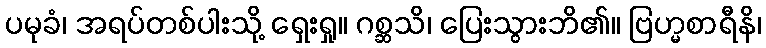
ပမုခံ၊ အရပ်တစ်ပါးသို့ ရှေးရှု။ ဂစ္ဆသိ၊ ပြေးသွားဘိ၏။ ဗြဟ္မစာရီနိ၊